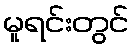
မူရင်းတွင်